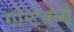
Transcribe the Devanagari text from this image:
गोन्टेबन्ये